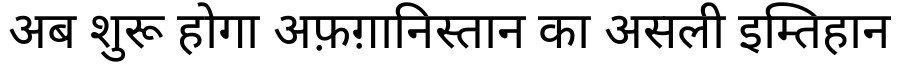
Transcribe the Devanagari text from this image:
अब शुरू होगा अफ़ग़ानिस्तान का असली इम्तिहान